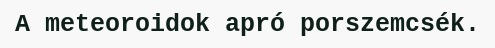
A meteoroidok apró porszemcsék.